Leaving Certificate Examination, 1923
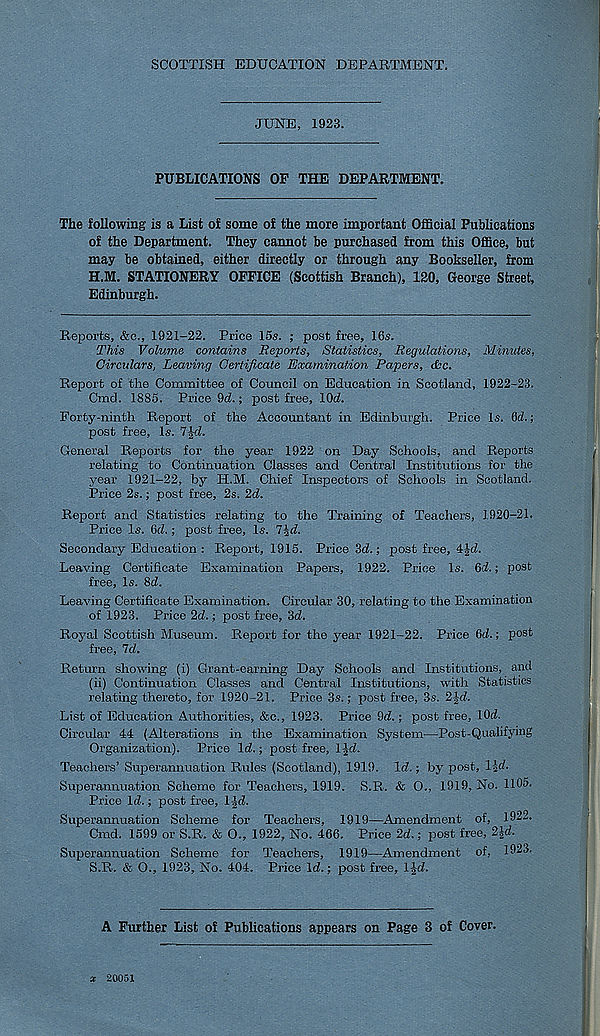
SCOTTISH EDUCATION DEPARTMENT.
JUNE, 1923.
PUBLICATIONS OF THE DEPARTMENT.
The following is a List of some of the more important Official Publications
of the Department. They cannot be purchased from this Office, but
may be obtained, either directly or through any Bookseller, from
H.M. STATIONERY OFFICE (Scottish Branch), 120, George Street,
Edinburgh.
Reports, &c., 1921-22. Price 15s. ; post free, 16s.
This Volume contains Reports, Statistics, Regulations, Minutes,
Circulars, Leaving Certificate Examination Papers, cfcc.
Report of the Committee of Council on Education in Scotland, 1922-23.
Cmd. 1885. Price 9d.; post free, lOd.
Forty-ninth Report of the Accountant in Edinburgh. Price Is. 6d.;
post free, Is. 7Jd.
General Reports for the year 1922 on Day Schools, and Reports
relating to Continuation Classes and Central Institutions for the
year 1921-22, by H.M. Chief Inspectors of Schools in Scotland.
Price 2s.; post free, 2s. 2d.
Report and Statistics relating to the Training of Teachers, 1920-21.
Price Is. 6cl.; post free, Is. 7id.
Secondary Education : Report, 1915. Price 3d.; post free, 4-|d.
Leaving Certificate Examination Papers, 1922. Price Is. 6d.; post
free. Is. 8d.
Leaving Certificate Examination. Circular 30, relating to the Examination
of 1923. Price 2d.; post free, 3d.
Royal Scottish Museum. Report for the year 1921-22. Price 6d.; post
free, 7d.
Return showing (i) Grant-earning Day Schools and Institutions, and
(ii) Continuation Classes and Central Institutions, with Statistics
relating thereto, for 1920-21. Price 3s.; post free, 3s. 2Jd.
List of Education Authorities, &c., 1923. Price 9d.; post free, lOd.
Circular 44 (Alterations in the Examination System—Post-Qualifying
Organization). Price Id.; post free, IJd.
Teachers’ Superannuation Rules (Scotland), 1919. Id.; by post, lid.
Superannuation Scheme for Teachers, 1919. S.R. & O., 1919, No. 1105.
Price Id.; post free, 1-Id.
Superannuation Scheme for Teachers, 1919—Amendment of, 1922.
Cmd. 1599 or S.R. & O., 1922, No. 466. Price 2d.; post free, 2|d.
Superannuation Scheme for Teachers, 1919—Amendment of, 1923.
S.R. & O., 1923, No. 404. Price Id.; post free, l|d.
A Further List of Publications appears on Page 3 of Cover.
X 20051